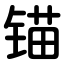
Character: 锚